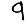
Digit: 9